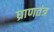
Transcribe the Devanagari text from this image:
घ्राणतंत्र